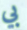
بي